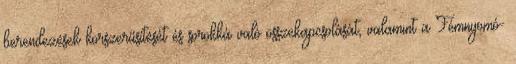
berendezések korszerűsítését és sorokká való összekapcsolását, valamint a Fémnyomó-